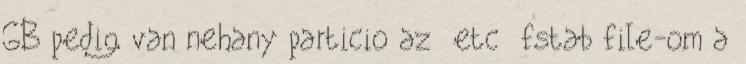
GB pedig van nehany particio az etc fstab file-om a